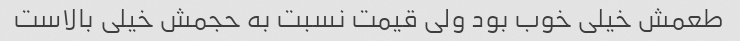
طعمش خیلی خوب بود ولی قیمت نسبت به حجمش خیلی بالاست